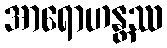
အာရောဟန္တဿ